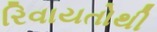
રિવાયતોથી